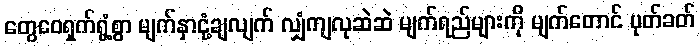
တွေဝေရှက်ရွံ့စွာ မျက်နှာငုံ့ချလျက် လျှံကျလုဆဲဆဲ မျက်ရည်များကို မျက်တောင် ပုတ်ခတ်